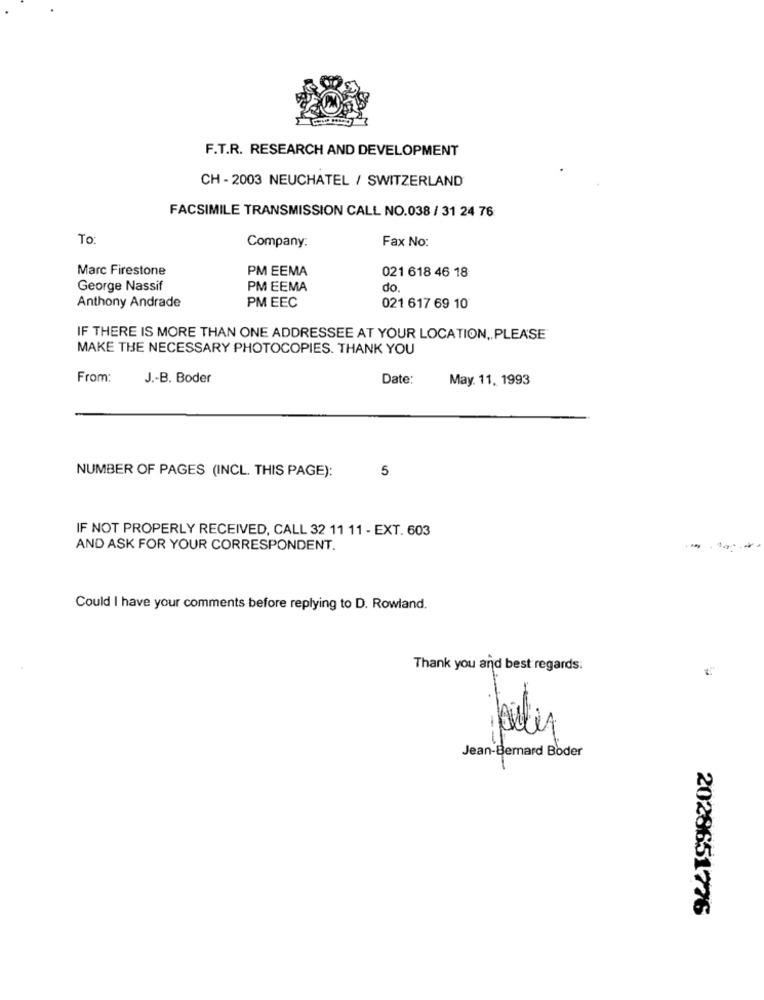
F.T.R. RESEARCH AND DEVELOPMENT
CH - 2003 NEUCHATEL / SWITZERLAND
FACSIMILE TRANSMISSION CALL NO.038 / 31 24 76
To:
Company.
Fax No:
Marc Firestone
PM EEMA
021 618 46 18
George Nassif
PM EEMA
do.
Anthony Andrade
PM EEC
021 617 69 10
IF THERE IS MORE THAN ONE ADDRESSEE AT YOUR LOCATION ,, PLEASE"
MAKE THE NECESSARY PHOTOCOPIES. THANK YOU
From:
J .- B. Boder
Date:
May. 11, 1993
NUMBER OF PAGES (INCL. THIS PAGE):
5
IF NOT PROPERLY RECEIVED, CALL 32 11 11 - EXT. 603
AND ASK FOR YOUR CORRESPONDENT.
Could I have your comments before replying to D. Rowland.
Thank you and best regards.
Jean-Bernard Boder
bily
2028651776